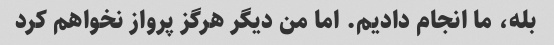
بله، ما انجام دادیم. اما من دیگر هرگز پرواز نخواهم کرد